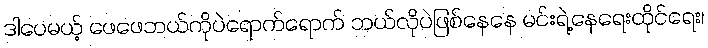
ဒါပေမယ့် ဖေဖေဘယ်ကိုပဲရောက်ရောက် ဘယ်လိုပဲဖြစ်နေနေ မင်းရဲ့နေရေးထိုင်ရေး၊